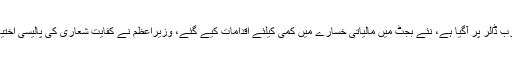
گورنر اسٹیٹ بینک کا کہنا تھا کہ کرنٹ اکاؤنٹ خسارہ کم ہوکرماہانہ ایک ارب ڈالر پر آگیا ہے، نئے بجٹ میں مالیاتی خسارے میں کمی کیلئے اقدامات کیے گئے، وزیراعظم نے کفایت شعاری کی پالیسی اختیار کی، ہمیں مستقبل کیلئے پرامید رہنا چاہیے، صورتحال میں بہتری آئی ہے۔